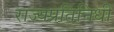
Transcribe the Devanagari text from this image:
राज्यप्रतिनिधी